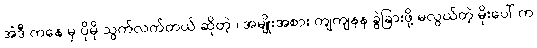
အဲဒီ ကနေ မှ ပိုမို သွက်လက်တယ် ဆိုတဲ့ ၊ အမျိုးအစား ကျကျနန ခွဲခြားဖို့ မလွယ်တဲ့ မိုးပေါ် က